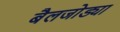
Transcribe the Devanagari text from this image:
बैलजोड्या